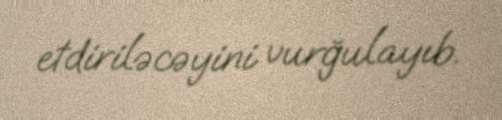
etdiriləcəyini vurğulayıb.